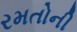
રમતોની